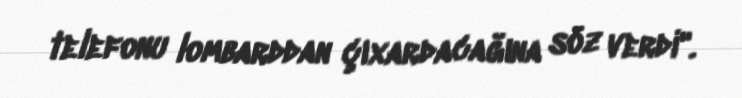
telefonu lombarddan çıxardacağına söz verdi".